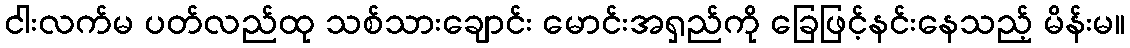
ငါးလက်မ ပတ်လည်ထု သစ်သားချောင်း မောင်းအရှည်ကို ခြေဖြင့်နင်းနေသည့် မိန်းမ။